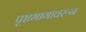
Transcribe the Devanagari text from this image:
पृष्टभागावरून